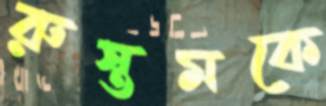
রুস্তমকে